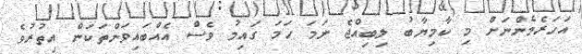
އަހަރެމެންނަށް މި ކާމިޔާބު ލިބިއްޖެ ނަމަ ހަމަ ގައިމު ވެސް އެއްބައިވަންތަކަން އިތުރުވެ